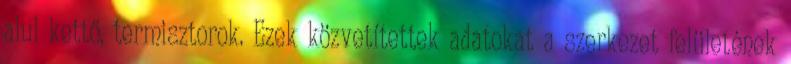
alul kettő, termisztorok. Ezek közvetítettek adatokat a szerkezet felületének